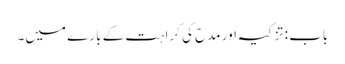
باب : تزکیہ اور مدح کی کراہت کے بارے میں۔